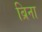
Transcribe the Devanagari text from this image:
ब्रिना